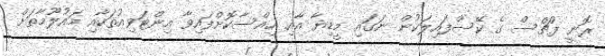
ރޮނީ ފުޗްސް ގެ ކޭސްފައިލަކުން ނަގައި މީޑިޔާ އާއި ހިއްސާކޮށްފައިވާ އިންޓަވިއުތަކާއި މައުލޫމާތަށް